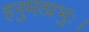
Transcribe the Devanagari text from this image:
हनुमत्प्रभुः।